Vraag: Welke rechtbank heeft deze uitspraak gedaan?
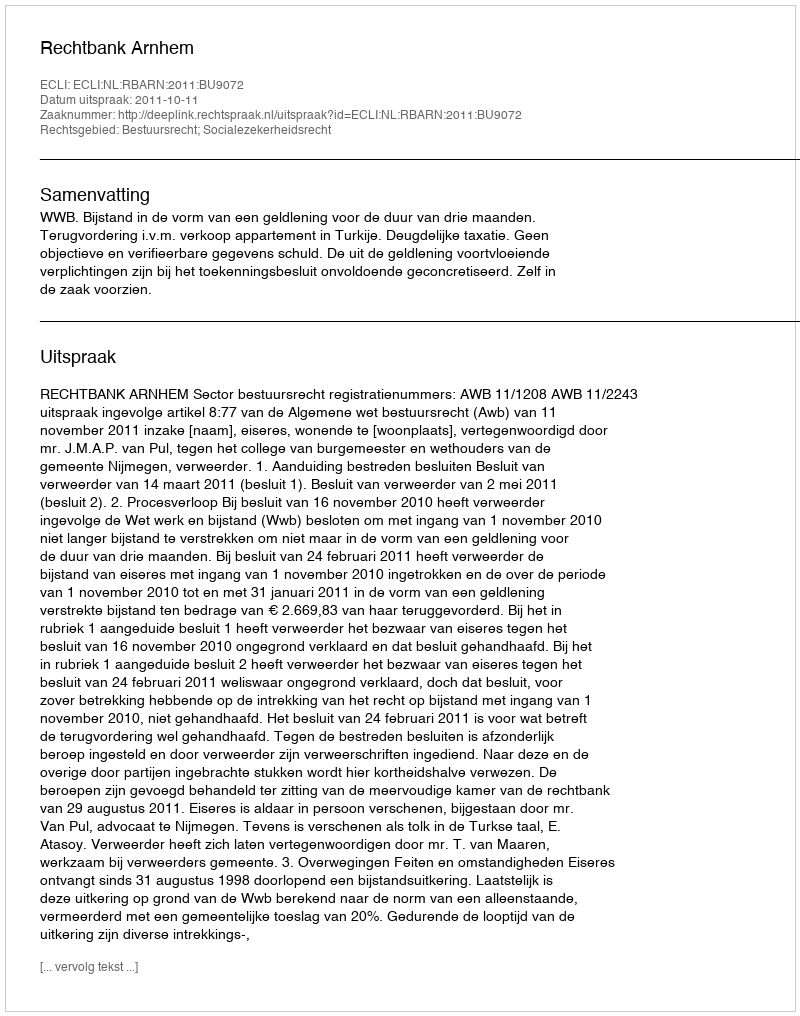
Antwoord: Rechtbank Arnhem